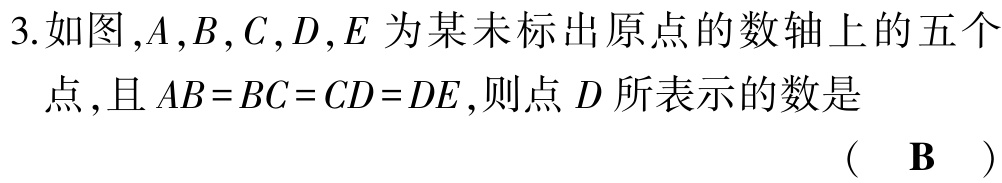
3.如图,$A,B,C,D,E$为某未标出原点的数轴上的五个点,且$AB = BC = CD = DE$,则点$D$所表示的数是

( $\mathbf{B}$ )